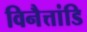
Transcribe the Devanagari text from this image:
विनैत्तांडि